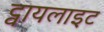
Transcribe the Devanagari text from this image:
ट्वायलाइट